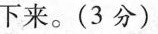
下来。(3分)